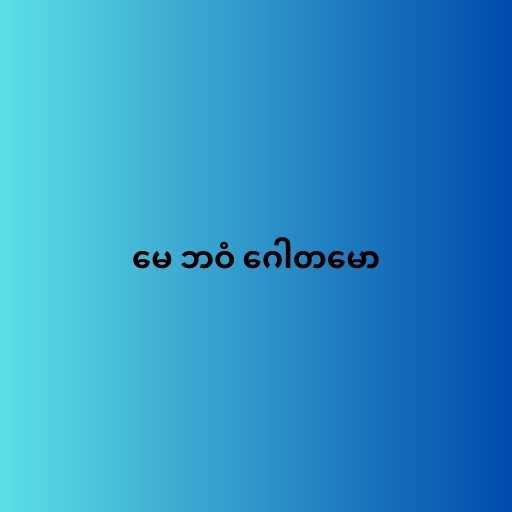
မေ ဘဝံ ဂေါတမော